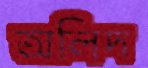
অলিদ